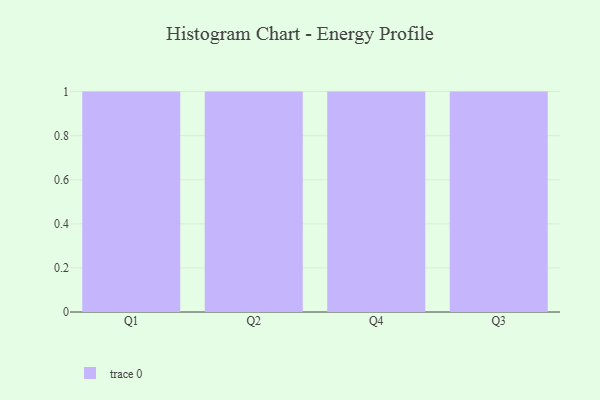
{"axis": {"x": "Quarter", "y": "Page Views"}, "legend": [""], "data": [{"x": "Q1", "y": 98, "type": ""}, {"x": "Q2", "y": 91, "type": ""}, {"x": "Q4", "y": 62, "type": ""}, {"x": "Q3", "y": 85, "type": ""}]}